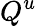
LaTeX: Q^{u}